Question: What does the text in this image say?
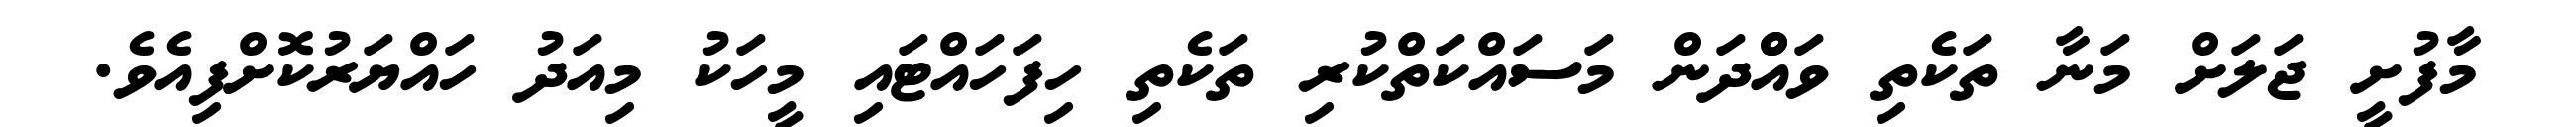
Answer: މާފުށީ ޖަލަށް މަނާ ތަކެތި ވައްްދަން މަސައްކަތްކުރި ތަކެތި ހިފަހައްޓައި މީހަކު މިއަދު ހައްޔަރުކޮށްފިއެވެ.